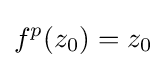
f^{p}(z_{0})=z_{0}